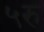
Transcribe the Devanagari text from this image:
५रु